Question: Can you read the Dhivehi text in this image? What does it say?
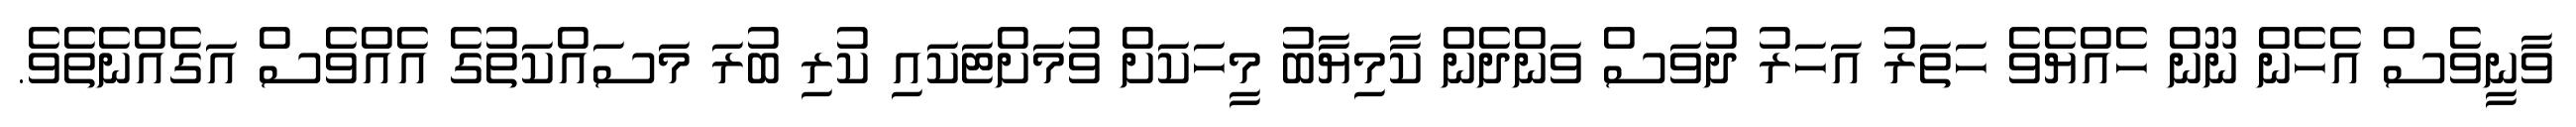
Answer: ވާނީވެސް އެހެން ނޫން ހެއްޔެވެ ހަތަރު އަހަރު ދުވަސް ވަންދެން ކާމިޔާބު މީހަކަށް ވުމަށްޓަކައި ކުރި ބުރަ މަސައްކަތުގެ އެއްވެސް އަގެއްނެތެވެ.